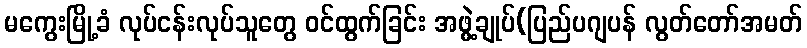
မကွေးမြို့ခံ လုပ်ငန်းလုပ်သူတွေ ဝင်ထွက်ခြင်း အဖွဲ့ချုပ်(ပြည်ပဂျပန် လွတ်တော်အမတ်